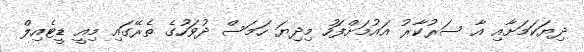
ދިޔަކަމަށާއި އާ ސަރުކާރު އައުމަށްފަހު މިދިޔަ ހަމަސް ދުވަހުގެ ތެރޭގައި މިއީ ޑީޓެއިލް